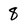
Character: 8